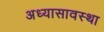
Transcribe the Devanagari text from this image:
अध्यासावस्था